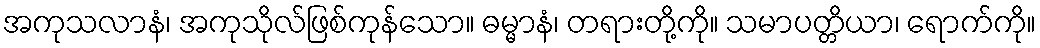
အကုသလာနံ၊ အကုသိုလ်ဖြစ်ကုန်သော။ ဓမ္မာနံ၊ တရားတို့ကို။ သမာပတ္တိယာ၊ ရောက်ကို။